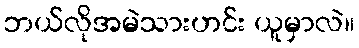
ဘယ်လိုအမဲသားဟင်း ယူမှာလဲ။